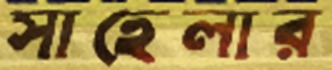
সাহেলার